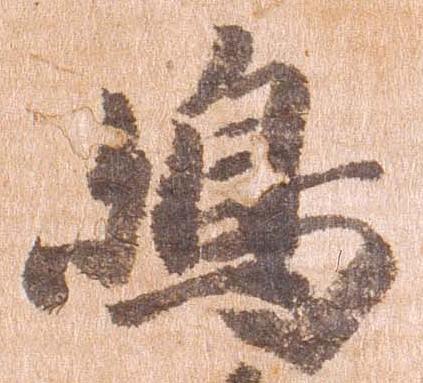
島